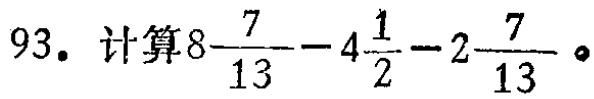
93. 计算\(8\frac{7}{13}-4\frac{1}{2}-2\frac{7}{13}\)。